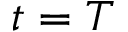
t = T